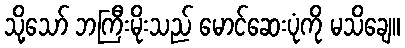
သို့သော် ဘကြီးမိုးသည် မောင်ဆေးပုံကို မသိချေ။